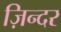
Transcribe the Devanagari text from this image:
ज़िन्दर